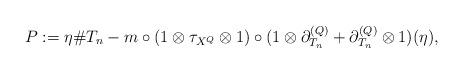
LaTeX: \begin{align*}P:=\eta\# T_n - m\circ (1\otimes \tau_{X^Q}\otimes 1)\circ(1\otimes\partial_{T_n}^{(Q)}+\partial_{T_n}^{(Q)}\otimes 1)(\eta),\end{align*}